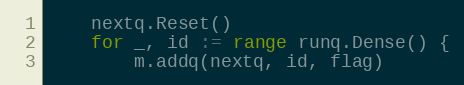
Language: Go
	nextq.Reset()
	for _, id := range runq.Dense() {
		m.addq(nextq, id, flag)